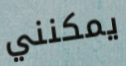
يمكنني